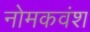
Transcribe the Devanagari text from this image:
नोमकवंश